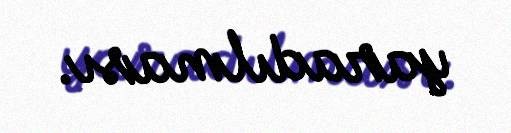
yaradılması.